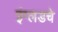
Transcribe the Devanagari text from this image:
इंग्लडचे